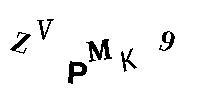
ZVPMK9